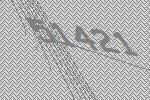
51421